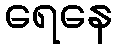
ရေနေ